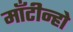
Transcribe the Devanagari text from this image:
माँटीन्हो